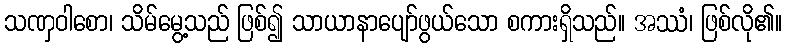
သဏှဝါစော၊ သိမ်မွေ့သည် ဖြစ်၍ သာယာနာပျော်ဖွယ်သော စကားရှိသည်။ အဿံ၊ ဖြစ်လို၏။